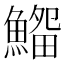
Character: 𩺜